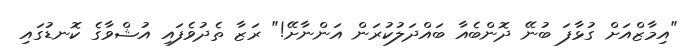
"އިމާޒްއަށް ގުޅާފަ ބުނޭ ދޮންބެއާ ބައްދަލުކުރަން އަންނާށޭ!" ރަޒާ ތެދުވެފައި އުޝްވާގެ ކޮނޑުގައި